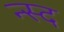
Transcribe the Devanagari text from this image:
न्स्द